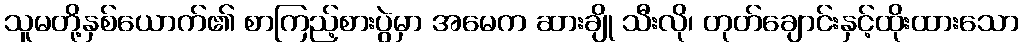
သူမတို့နှစ်ယောက်၏ စာကြည့်စားပွဲမှာ အမေက ဆားချို သီးလို၊ တုတ်ချောင်းနှင့်ထိုးထားသော